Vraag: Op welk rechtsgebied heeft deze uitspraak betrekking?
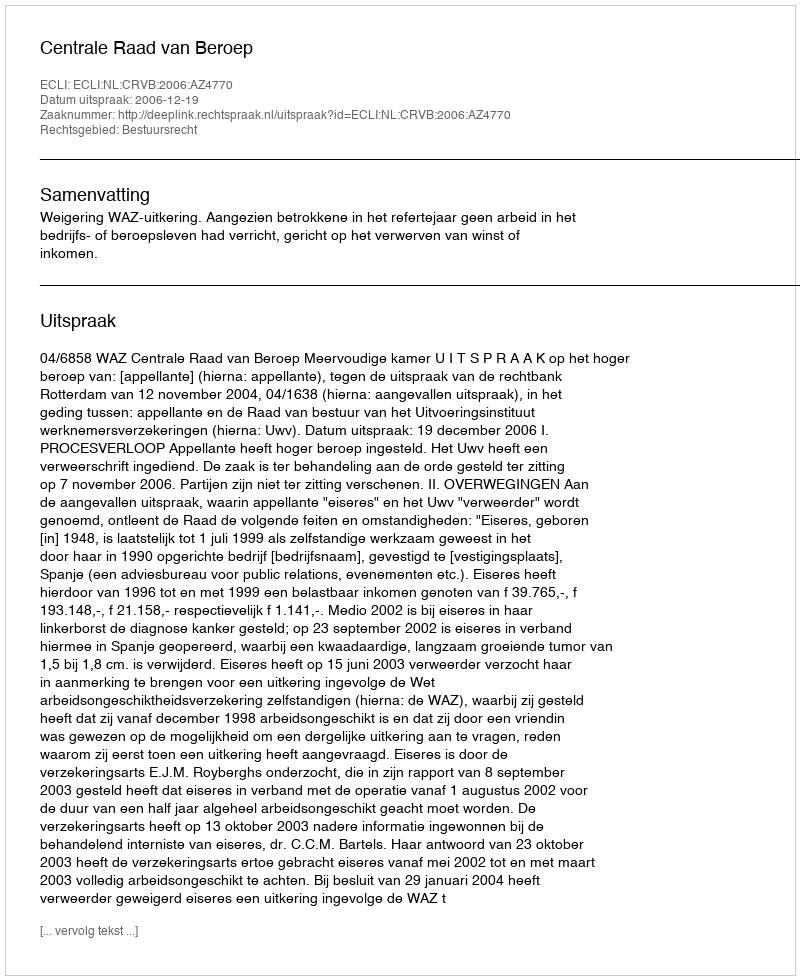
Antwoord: Bestuursrecht